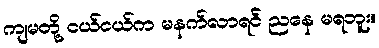
ကျမတို့ ငယ်ငယ်က မနက်လာရင် ညနေ မရဘူး။